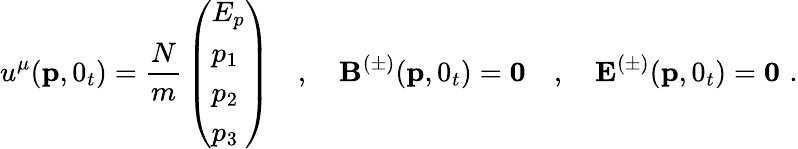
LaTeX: u^{\mu}({\mathbf p},0_{t})={\frac{N}{m}}\left(\begin{array}{l}{{E_{p}}}\\ {{p_{1}}}\\ {{p_{2}}}\\ {{p_{3}}}\end{array}\right)\quad,\quad{\mathbf B}^{(\pm)}({\mathbf p},0_{t})={\mathbf 0}\quad,\quad{\mathbf E}^{(\pm)}({\mathbf p},0_{t})={\mathbf 0}\, \, .